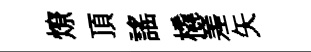
燎頂謡橇嵳矢